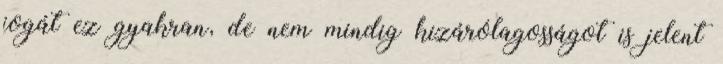
jogát ez gyakran, de nem mindig kizárólagosságot is jelent